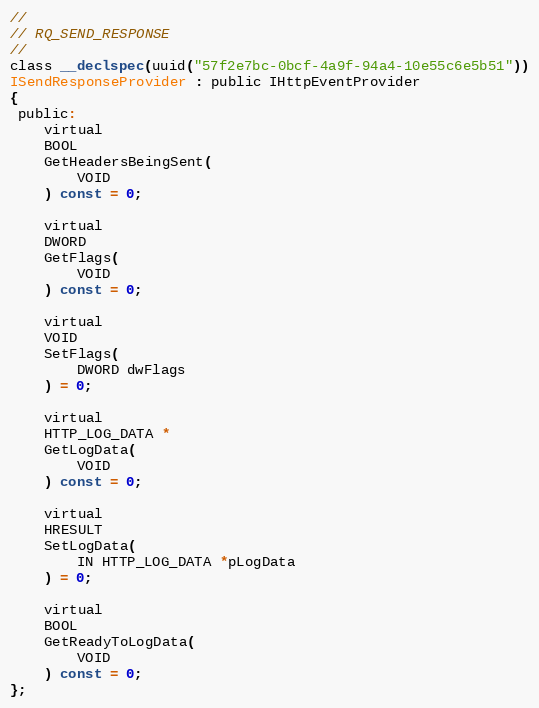
Language: C
//
// RQ_SEND_RESPONSE
//
class __declspec(uuid("57f2e7bc-0bcf-4a9f-94a4-10e55c6e5b51"))
ISendResponseProvider : public IHttpEventProvider
{
 public:
    virtual
    BOOL
    GetHeadersBeingSent(
        VOID
    ) const = 0;

    virtual
    DWORD
    GetFlags(
        VOID
    ) const = 0;

    virtual
    VOID
    SetFlags(
        DWORD dwFlags
    ) = 0;

    virtual
    HTTP_LOG_DATA *
    GetLogData(
        VOID
    ) const = 0;

    virtual
    HRESULT
    SetLogData(
        IN HTTP_LOG_DATA *pLogData
    ) = 0;

    virtual
    BOOL
    GetReadyToLogData(
        VOID
    ) const = 0;
};